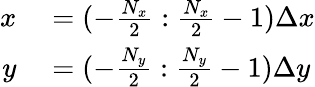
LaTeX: \begin{array}{rl}{x}&{{}=(-\frac{N_{x}}{2}:\frac{N_{x}}{2}-1)\Delta x}\\ {y}&{{}=(-\frac{N_{y}}{2}:\frac{N_{y}}{2}-1)\Delta y}\end{array}